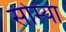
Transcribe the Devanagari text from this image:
सोम्या